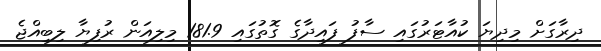
ދިރާގަށް މިދިޔަ ކުއާޓަރުގައި ސާފު ފައިދާގެ ގޮތުގައި 181.9 މިލިއަން ރުފިޔާ ލިބިއްޖެ